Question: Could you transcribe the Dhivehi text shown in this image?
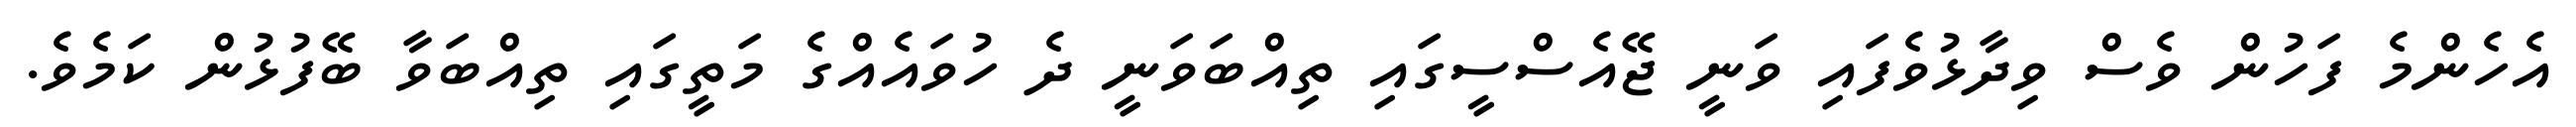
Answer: އެހެންމެ ފަހުން ވެސް ވިދާޅުވެފައި ވަނީ ޖޭއެސްސީގައި ތިއްބަވަނީ ދެ ހުވައެއްގެ މަތީގައި ތިއްބަވާ ބޭފުޅުން ކަމެވެ.